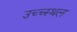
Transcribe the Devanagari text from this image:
उच्च्स्थल